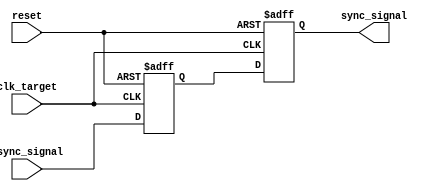
module signal_level_crossing_synchronizer (
    input wire clk_target,      // Target clock domain
    input wire async_signal,    // Asynchronous input signal
    input wire reset,           // Optional reset signal
    output reg sync_signal       // Synchronized output signal
);

    // Internal signals for the dual flip-flops
    reg ff1;                    // Output of the first flip-flop

    // First flip-flop (FF1)
    always @(posedge clk_target or posedge reset) begin
        if (reset) begin
            ff1 <= 1'b0;        // Reset FF1 to known state
        end else begin
            ff1 <= async_signal; // Capture the asynchronous signal
        end
    end

    // Second flip-flop (FF2)
    always @(posedge clk_target or posedge reset) begin
        if (reset) begin
            sync_signal <= 1'b0; // Reset sync_signal to known state
        end else begin
            sync_signal <= ff1;   // Capture the output of FF1
        end
    end

endmodule